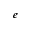
^ { e }